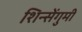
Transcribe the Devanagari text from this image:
शिन्सेंगुमी